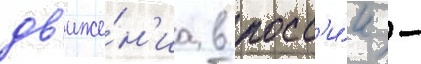
дв'иже́н'иа в росс'и́и -